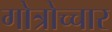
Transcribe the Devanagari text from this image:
गोत्रोच्चार